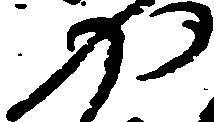
や